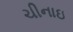
ચીનાઇ